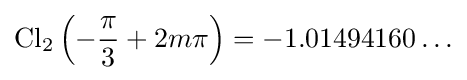
\operatorname {Cl} _{2}\left(-{\frac {\pi }{3}}+2m\pi \right)=-1.01494160\ldots